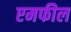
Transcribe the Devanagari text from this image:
एमफील